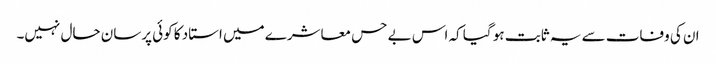
ان کی وفات سے یہ ثابت ہو گیا کہ اس بے حس معاشرے میں استاد کا کوئی پرسان حال نہیں۔